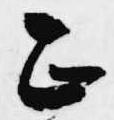
正